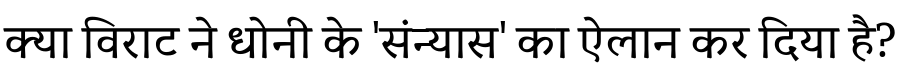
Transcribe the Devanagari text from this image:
क्या विराट ने धोनी के 'संन्यास' का ऐलान कर दिया है?